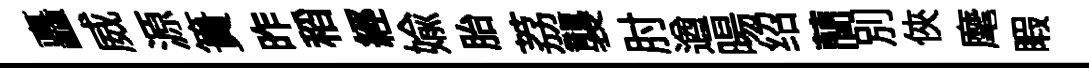
矗威源簣昨稻經媮胎荔襲肘遒暘绍蕳别俠麾睱